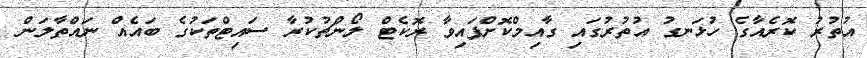
އުތުރު ކޮރެއާގެ ހުޅަނގު އުތުރުގައި ގާއިމްކޮށްފައިވާ ރޮކެޓް ލޯންޗުކުރާ ސައިޓްތަކުގެ ބައެއް ނައްތާލަން